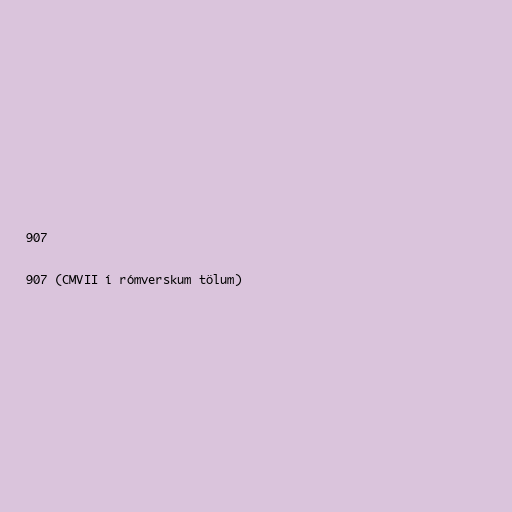
907

907 (CMVII í rómverskum tölum)